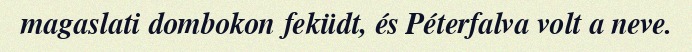
magaslati dombokon feküdt, és Péterfalva volt a neve.